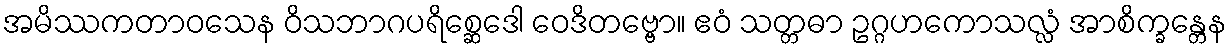
အမိဿကတာဝသေန ဝိသဘာဂပရိစ္ဆေဒေါ ဝေဒိတဗ္ဗော။ ဧဝံ သတ္တဓာ ဥဂ္ဂဟကောသလ္လံ အာစိက္ခန္တေန